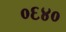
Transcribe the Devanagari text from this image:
०६४०